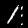
Digit: 1